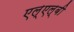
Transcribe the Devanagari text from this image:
एल्‌एल्‌बी